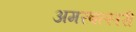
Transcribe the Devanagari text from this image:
अमरबल्लरी